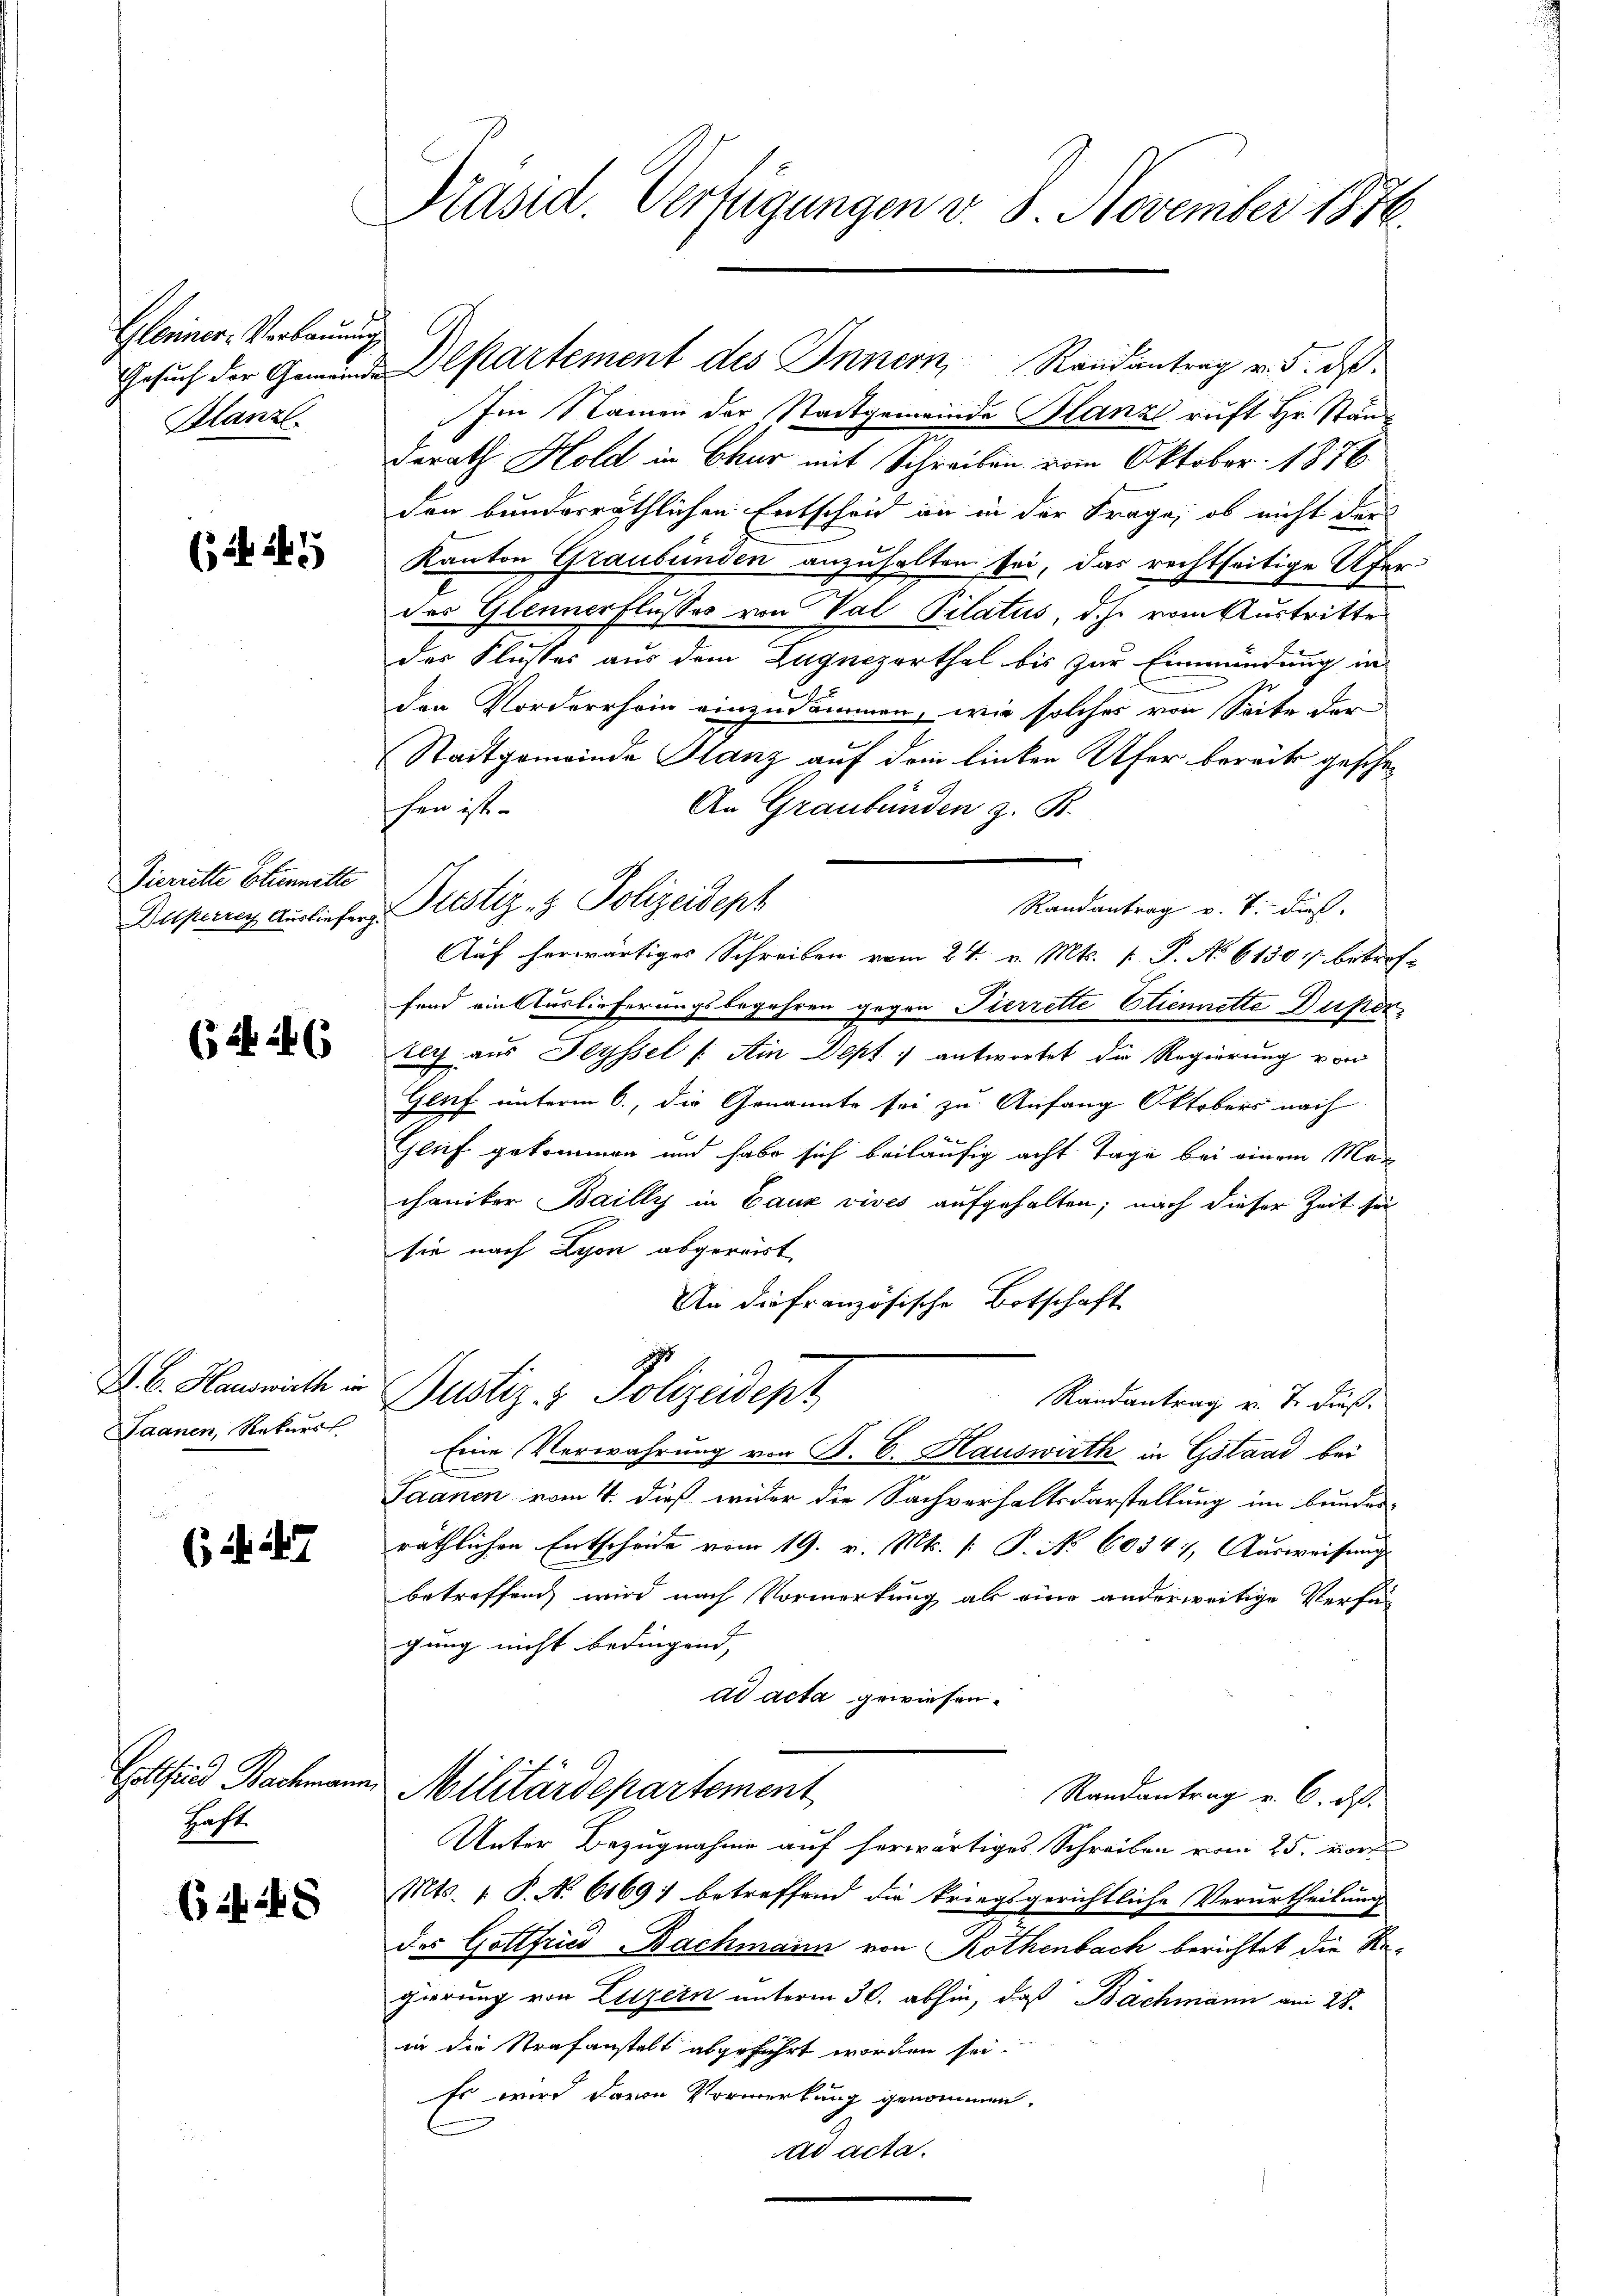
Gleiner Verbauung
Gesuch der Gemeinde
Blanz

(i 147

Dieriette Etunnette
Dilperren Ausliefer

(i 146

Z. B. Hauswirth in
Saanen, Rekurs

( d. 247

Gottfried Bachman
Haft.

64. 248

Präsid. Verfügungen v. 8. November 1886.

Departement des Innern Randantrag v. 5. ds.

Im Namen der Stadtgemeinde Blanze ruft Hr. Ständ
derath Hold in Chur mit Schreiben vom Oktober 1876.
den bundesräthlichen Entscheid an in der Frage, ob nicht der
Kanton Graubünden anzuhalten sei, das rechtseitige Ufer
des Glennerflusses von Val Pilatus, d. J. vom Austritte
der Flusses aus dem Zugneparthal bis zur Einmündung in
den Vorderrhoin einzudammen, wie solches von Seite der
e
Stadtgemeinde Glanz auf dem linken Ufer bereits gesche
An Graubünden z. B.
hen ist.
Justiz- & Polizeidept
Auf herwärtiges Schreiben vom 24. v. Mts. v. P. No 6130, betreffend ein Auslieferungsbegehren gegen Pierrette Etiennette Duper
tich aus Seyssel (: Ain Dept antwortet die Regierung von
Genf unterm 6., die Genannte sei zu Anfang Oktobers nach
Gruf gekommen und habe sich beiläufig acht Tage bei einem Manchaniker Bailly in Cauz vives aufgehalten; nach dieser Zeit sei
sie nach Lyon abgereist
An die französische Botschaft
Justiz- & Polizeident
Randantrag v. J. dieß¬
Eine Verwahrung von B. C. Hauswirth in Gstand bei
Saanen vom 4. dieß wider die Sachverhaltsdarstellung im bundes-
räthlichen Entscheide vom 19. v. Mts. [: P. No. 60547, Ausweisung
betreffend wird nach Vormerkung als eine anderweitige Verfügung nicht bedingend,
ad acta gewiesen.
Militärdepartement
Randantrag v. 6. d.
Unter Bezugnahme auf herwärtiges Schreiben vom 25. vor
Mts. 1. P. N. 6169; betreffend die kriegsgerichtliche Verurtheilung
des Gottfried Bachmann von Rothenbach berichtet die Regierung von Luzern unterm 30. abhin, daß Bachmann am 28.
in die Strafanstalt abgeführt worden sei.
Es wird davon Vormerkung genommen.
ad acta.

Randantrag v. 7. dieß.